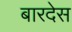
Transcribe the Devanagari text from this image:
बारदेस